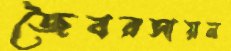
জৈবরসায়ন